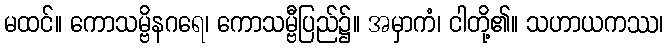
မထင်။ ကောသမ္ဗိနဂရေ၊ ကောသမ္ဗီပြည်၌။ အမှာကံ၊ ငါတို့၏။ သဟာယကဿ၊